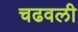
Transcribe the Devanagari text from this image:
चढवली